Report on vaccination in the Province of Bengal - 1874-1889
Year: 1874
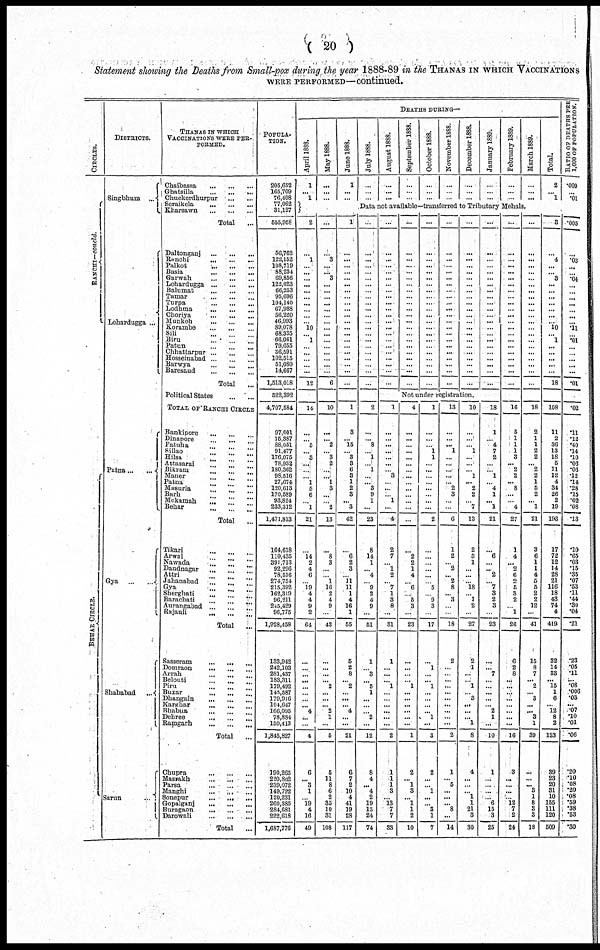
( 20 )
Statement showing the Deaths from Small-pox during the year 1888-89 in the THANAS IN WHICH VACCINATIONS
WERE PERFORMED—continued.
CIRCLES.
RANCHI—concld.
BEHAR CIRCLE.
DISTRICTS.
Singbhum ...
Lohardugga ...
Patna
...
...
Gya
...
...
Shahabad ...
Sarun
...
THANAS IN WHICH
VACCINATIONS WERE PER¬
FORMED.
Chaibassa
...
...
...
Ghatsilla
...
...
...
Chuckerdhurpur
...
...
Seraikela
...
...
...
Kharsawn
...
...
...
Total ...
Daltonganj
...
...
...
Ranchi
...
...
...
Palkot
...
...
...
Basia
...
...
...
Garwah
...
...
...
Lohardugga ... ... ...
Balumat
...
...
...
Tamar
...
...
...
Turpa
...
...
...
Lodhma
...
...
...
Choriya
...
...
...
Munkeh
...
...
...
Korambe
...
...
...
Sili
...
...
...
Biru
...
...
...
Patun
...
...
...
Chhattarpur ... ... ...
Hosseinabad ... ... ...
Barwya ... ... ...
Baresaud
...
...
...
Total
...
Political States
...
...
TOTAL OF RANCHI CIRCLE
Bankipore ... ... ...
Dinapore ... ... ...
Fatuha ... ... ...
Sillao
...
...
...
Hilsa ... ... ...
Attasarai
...
...
...
Bikram
...
...
...
Manor
...
...
...
Patna ... ... ...
Masuria ... ... ...
Barh
...
...
...
Mokamah
...
...
...
Behar
...
...
...
Total
...
Tikari ... ... ...
Arwal
...
...
...
Nawada ... ... ...
Daudnagar
...
...
...
Attri
...
...
...
Jahanabad
...
...
...
Gya
...
...
...
Sherghati
...
...
...
Barachati ... ... ...
Aurangabad ... ... ...
Rajauli
...
...
...
Total
...
Sasseram ... ... ...
Domraon ... ... ...
Arrah
...
...
...
Belouti
...
...
...
Piru
...
...
...
Buxar
...
...
...
Dhangain ... ... ...
Karghar ... ... ...
Bhabua ... ... ...
Dehree ... ... ...
Ramgarh
...
...
...
Total ...
Chupra
...
...
...
Masvakh
...
...
...
Parsa
...
...
...
Manghi ... ... ...
8onepur
... ... ...
Gopalganj
...
...
...
Buragaon
...
...
...
Darowali ... ... ...
Total ...
POPULA-
TION.
205,652
165,709
76,408
77,062
31,127
555,956
56,762
122,152
108,719
88,234
69,856
122,023
66,253
95,696
101,140
67,988
56,220
46,993
89,078
68,335
66,061
79,655
86,591
102,515
51,080
14,667
1,513,018
522,392
4,707,584
97,001
15,387
88,051
91,477
176,075
78,932
180,362
98,516
27,674
120,613
170,589
93,824
233,312
1,471,813
164,618
110,435
391,713
92,296
78,516
274,754
215,392
162,319
96,211
245,429
96,775
1,928,458
133,942
242,103
281,437
183,311
179,492
145,587
179,916
104,647
166,095
78,884
150,413
1,845,827
190,265
220,802
239,072
149,722
120,231
260,385
284,681
222,618
1,687,776
DEATHS DURING—
April 1888.
1
... 1
2
...
1
...
...
...
...
...
...
...
...
...
...
10
...
1
...
...
...
...
...
12
14
...
...
5
... 8
...
...
...
1
5
6
...
1
21
...
14
2
4
6
...
19
4
4
9
2
64
...
...
...
...
...
...
...
... 4
...
...
4
6
... 3
1
...
19
4
16
49
May 1888.
...
...
...
...
...
3
...
...
3
...
...
...
...
...
...
...
...
...
...
...
...
...
...
...
6
10
...
... 2
...
3
2
...
...
1
3
...
...
2
13
...
8
3
...
... 1
16
2
4
9
...
43
...
...
...
... 2
...
...
... 2
1
...
5
5
11
8
6
2
35
10
31
108
June 1888.
1
...
...
1
...
...
...
...
...
...
...
...
...
...
...
...
...
...
...
...
...
...
...
...
...
1
3
... 15
... 3
3
6
3
1
2
3
... 3
42
...
6
2
3
... 11
11
1
4
16
1
55
5
2
8
... 2
...
...
... 4
...
...
21
6
7
2
10
4
41
19
28
117
July 1888.
...
...
...
August 1888.
...
...
...
September 1888.
...
...
...
October 1888.
...
...
...
November 1888.
...
...
...
December 1888.
...
...
...
January 1889.
...
...
...
February 1889.
...
...
...
March 1889.
...
...
...
Total.
2
...
1
RATIO OF DEATHS PER
1,000 OF POPULATION.
.009
...
.01
Data not available—transferred to Tributary Mehals.
...
...
...
...
...
...
...
...
...
...
...
...
...
...
...
...
...
...
...
...
...
...
2
...
... 8
...
1
...
1
...
...
8
9
1
...
23
8
14
1
...
4
...
9
2
4
9
...
51
1
...
3
...
5
1
...
...
...
2
...
12
8
4
... 4
2
19
13
24
74
...
...
...
...
...
...
...
...
...
...
...
...
...
...
...
...
...
...
...
...
...
...
...
...
...
...
...
...
...
...
...
...
...
...
...
...
...
...
... ...
...
...
...
...
...
...
...
...
...
...
...
...
...
...
...
...
...
...
...
...
...
...
...
...
...
...
...
...
...
...
...
...
...
...
...
...
...
...
...
...
...
...
...
...
...
...
...
...
...
...
...
...
...
...
...
...
...
...
...
...
...
...
...
...
...
...
...
...
...
...
...
...
...
...
...
...
...
...
...
...
...
...
...
...
...
...
...
...
...
...
...
...
Not under registration.
1
...
...
...
...
...
...
...
3
...
...
...
1
...
4
2
7
... 1
2
...
7
1
3
8
...
31
1
...
...
... 1
...
...
...
...
...
...
2
1
1
1
3
... 13
7
7
33
4
...
...
...
...
...
...
...
...
...
...
...
...
...
...
...
2
2
1
4
...
6
...
5
3
...
23
...
...
...
...
1
...
...
...
...
...
...
1
2
...
1
3
... 1
1
2
10
1
...
...
... 1
1
...
...
...
...
...
...
...
...
2
...
...
...
...
...
...
5
...
9
3
...
17
...
1
...
... 1
...
...
...
...
1
...
3
2
...
... 1
...
...
3
1
7
13
...
...
... 1
...
...
...
...
...
2
3
...
...
6
1
2
...
2
...
2
8
... 3
...
...
18
2
...
...
...
...
...
...
...
...
...
...
2
1
... 5
...
...
... 8
...
14
10
...
...
...
1
...
...
...
1
...
2
2
...
7
13
2
3
1
...
...
...
18
... 1
2
...
27
2
1
...
... 1
...
3
...
...
... 1
8
4
...
...
... 1
1
21
3
30
18
1
... 4
7
2
...
... 1
...
4
1
... 1
21
...
6
...
...
2
...
7
3
2
8
...
23
...
...
7
...
...
...
...
...
2
1
...
10
1
...
...
...
... 6
15
3
26
...
...
...
...
...
...
...
...
...
...
...
...
...
...
...
...
...
...
...
...
...
...
16
5
1
1
1
3
... 2
2
...
8
...
...
4
27
1
4
...
2
6
2
5
3
2
... 1
26
6
2
8
...
...
...
...
...
...
...
...
16
3
...
...
...
...
12
7
2
24
...
...
...
...
...
...
...
...
...
...
...
...
...
...
...
...
...
...
...
...
...
...
18
2
1
1
2
2
... 2
2
1
5
2
... 1
21
3
6
1
1
4
5
6
2
2
12
...
41
15
8
7
...
2
...
3
...
...
3
1
39
...
...
... 3
1
8
3
3
18
3
...
4
...
...
3
...
...
...
...
...
...
... 10
...
1
...
...
...
...
...
18
108
11
2
36
13
18
5
11
12
4
34
26
2
19
193
17
72
12
14
28
21
116
18
43
74
4
419
32
14
33
... 15
1
6
... 12
8
2
123
39
23
20
31
10
155
111
120
509
.005
...
.03
...
...
.04
...
...
...
...
...
...
...
.11
...
.01
...
...
...
...
...
.01
.02
.11
.12
.40
.14
.10
.06
.06
.12
.14
.28
.15
.02
.08
.13
.10
.65
.03
.15
.35
.07
.53
.11
.44
.30
.04
.21
.23
.05
.11
... .08
.006
.03
... .07
.10
.01
.06
.20
.10
.08
.20
.08
.59
.38
.53
.30